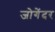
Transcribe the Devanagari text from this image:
जोगेंदर